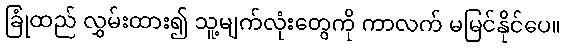
ခြုံထည် လွှမ်းထား၍ သူ့မျက်လုံးတွေကို ကာလက် မမြင်နိုင်ပေ။